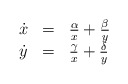
\begin{align*}\begin{array}{lll} \dot{x} & = & \frac{\alpha}{x} + \frac{\beta}{y} \\ \dot{y} & = & \frac{\gamma}{x} + \frac{\delta}{y} \end{array}\end{align*}